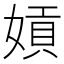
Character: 𡟫